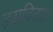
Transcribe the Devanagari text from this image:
हसवितात